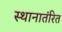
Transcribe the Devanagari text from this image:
स्थानातंरित